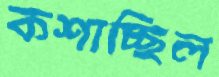
কশাচ্ছিল